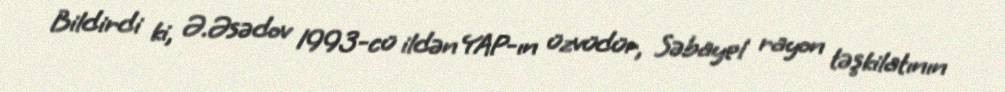
Bildirdi ki, Ə.Əsədov 1993-cü ildən YAP-ın üzvüdür, Səbayel rayon təşkilatının